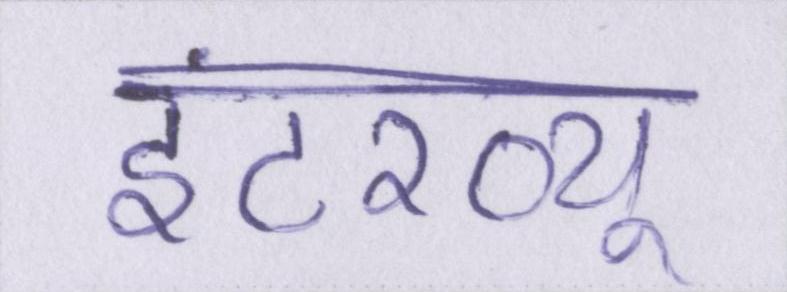
इंटरव्यू